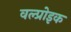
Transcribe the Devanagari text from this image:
वल्प्रोइक